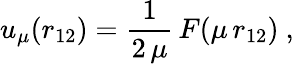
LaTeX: u_{\mu}(r_{12})=\frac{1}{2\, \mu}\, F(\mu\, r_{12})\mathrm{~,~}